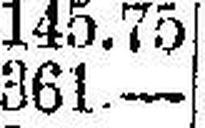
361.—